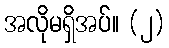
အလိုမရှိအပ်။ (၂)